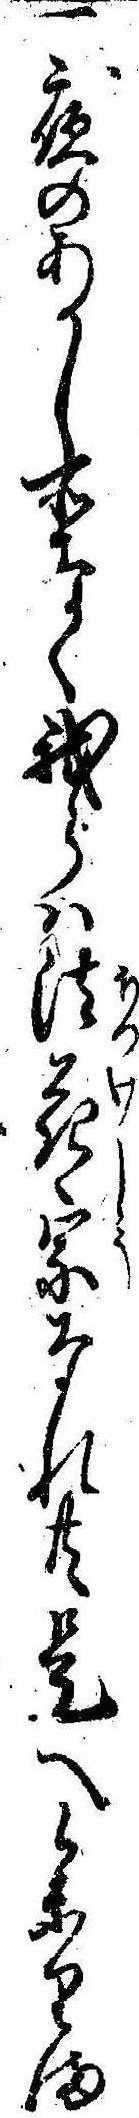
一夜のあかし所なく我らは法花宗なれ共是へ参りま